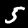
Digit: 5